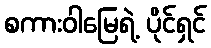
စကားဝါမြေရဲ့ ပိုင်ရှင်